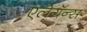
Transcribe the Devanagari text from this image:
एलेगॅन्स